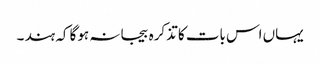
یہاں اس بات کا تذکرہ بیجا نہ ہوگا کہ ہند ۔